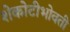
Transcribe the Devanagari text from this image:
शेकोटीभोवती